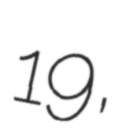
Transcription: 19,